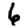
Digit: 6